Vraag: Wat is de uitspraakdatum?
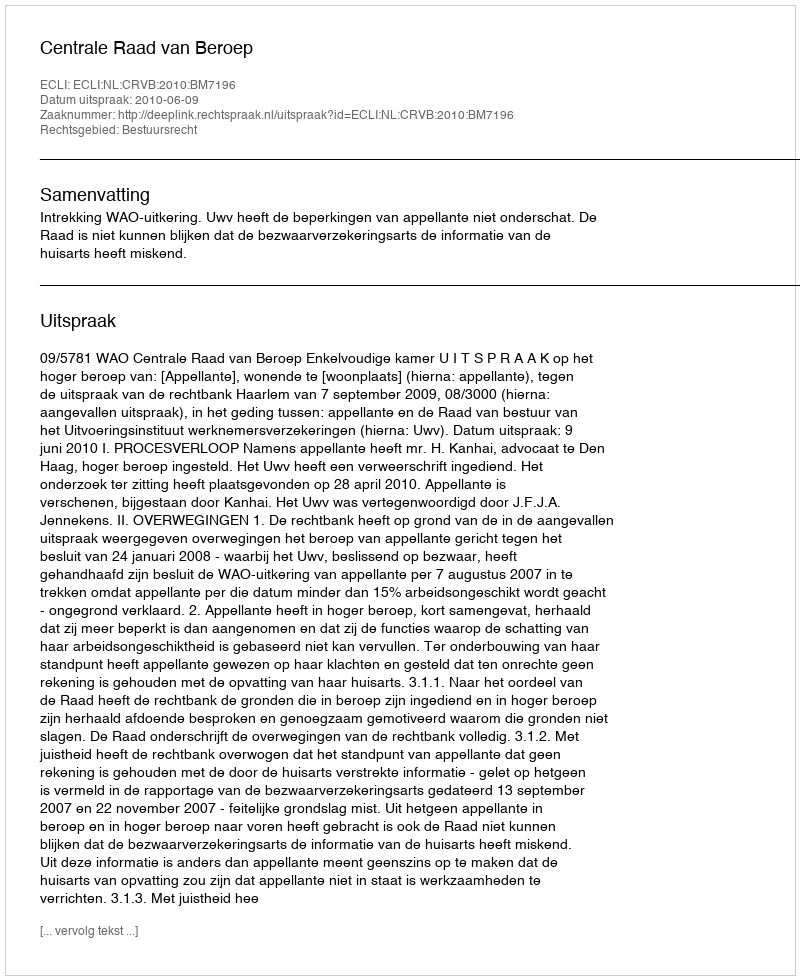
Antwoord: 2010-06-09